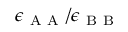
\epsilon _ { \mathrm { ~ A ~ A ~ } } / \epsilon _ { \mathrm { ~ B ~ B ~ } }